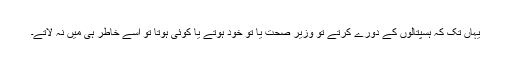
یہاں تک کہ ہسپتالوں کے دورے کرتے تو وزیر صحت یا تو خود ہوتے یا کوئی ہوتا تو اسے خاطر ہی میں نہ لاتے۔